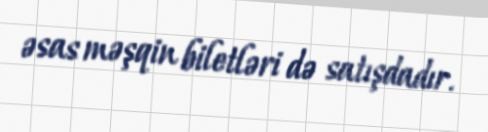
əsas məşqin biletləri də satışdadır.